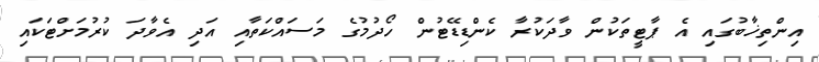
އިންތިޚާބުގައި އެ ޕާޓީތަކުން ވާދަކުރާ ކެންޑިޑޭޓުން ހޯދުމުގެ މަސައްކަތާއި އަދި އެވާދަ ކުރުމަށްޓަކައި